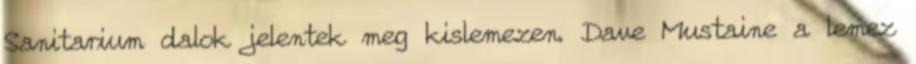
Sanitarium dalok jelentek meg kislemezen. Dave Mustaine a lemez